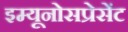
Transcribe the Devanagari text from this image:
इम्यूनोसप्रेसेंट